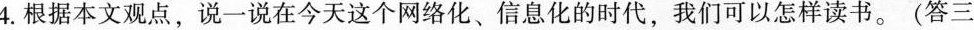
4.根据本文观点， 说一说今天这个网络化、信息化的时代，我们可以怎样读书。(答三点